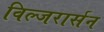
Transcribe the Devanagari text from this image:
विल्जरार्सन